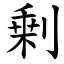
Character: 剰